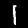
Label: 1